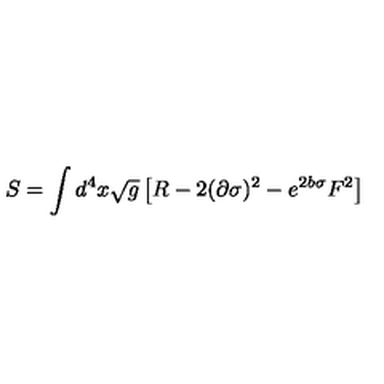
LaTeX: S = \int d ^ { 4 } x \sqrt { g } \left[ R - 2 ( \partial \sigma ) ^ { 2 } - e ^ { 2 b \sigma } F ^ { 2 } \right]